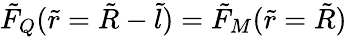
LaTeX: \tilde{F}_{Q}(\tilde{r}=\tilde{R}-\tilde{l})=\tilde{F}_{M}(\tilde{r}=\tilde{R})